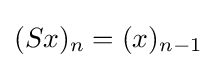
(Sx)_{n}=(x)_{n-1}